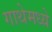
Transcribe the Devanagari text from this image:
गाथेमध्ये